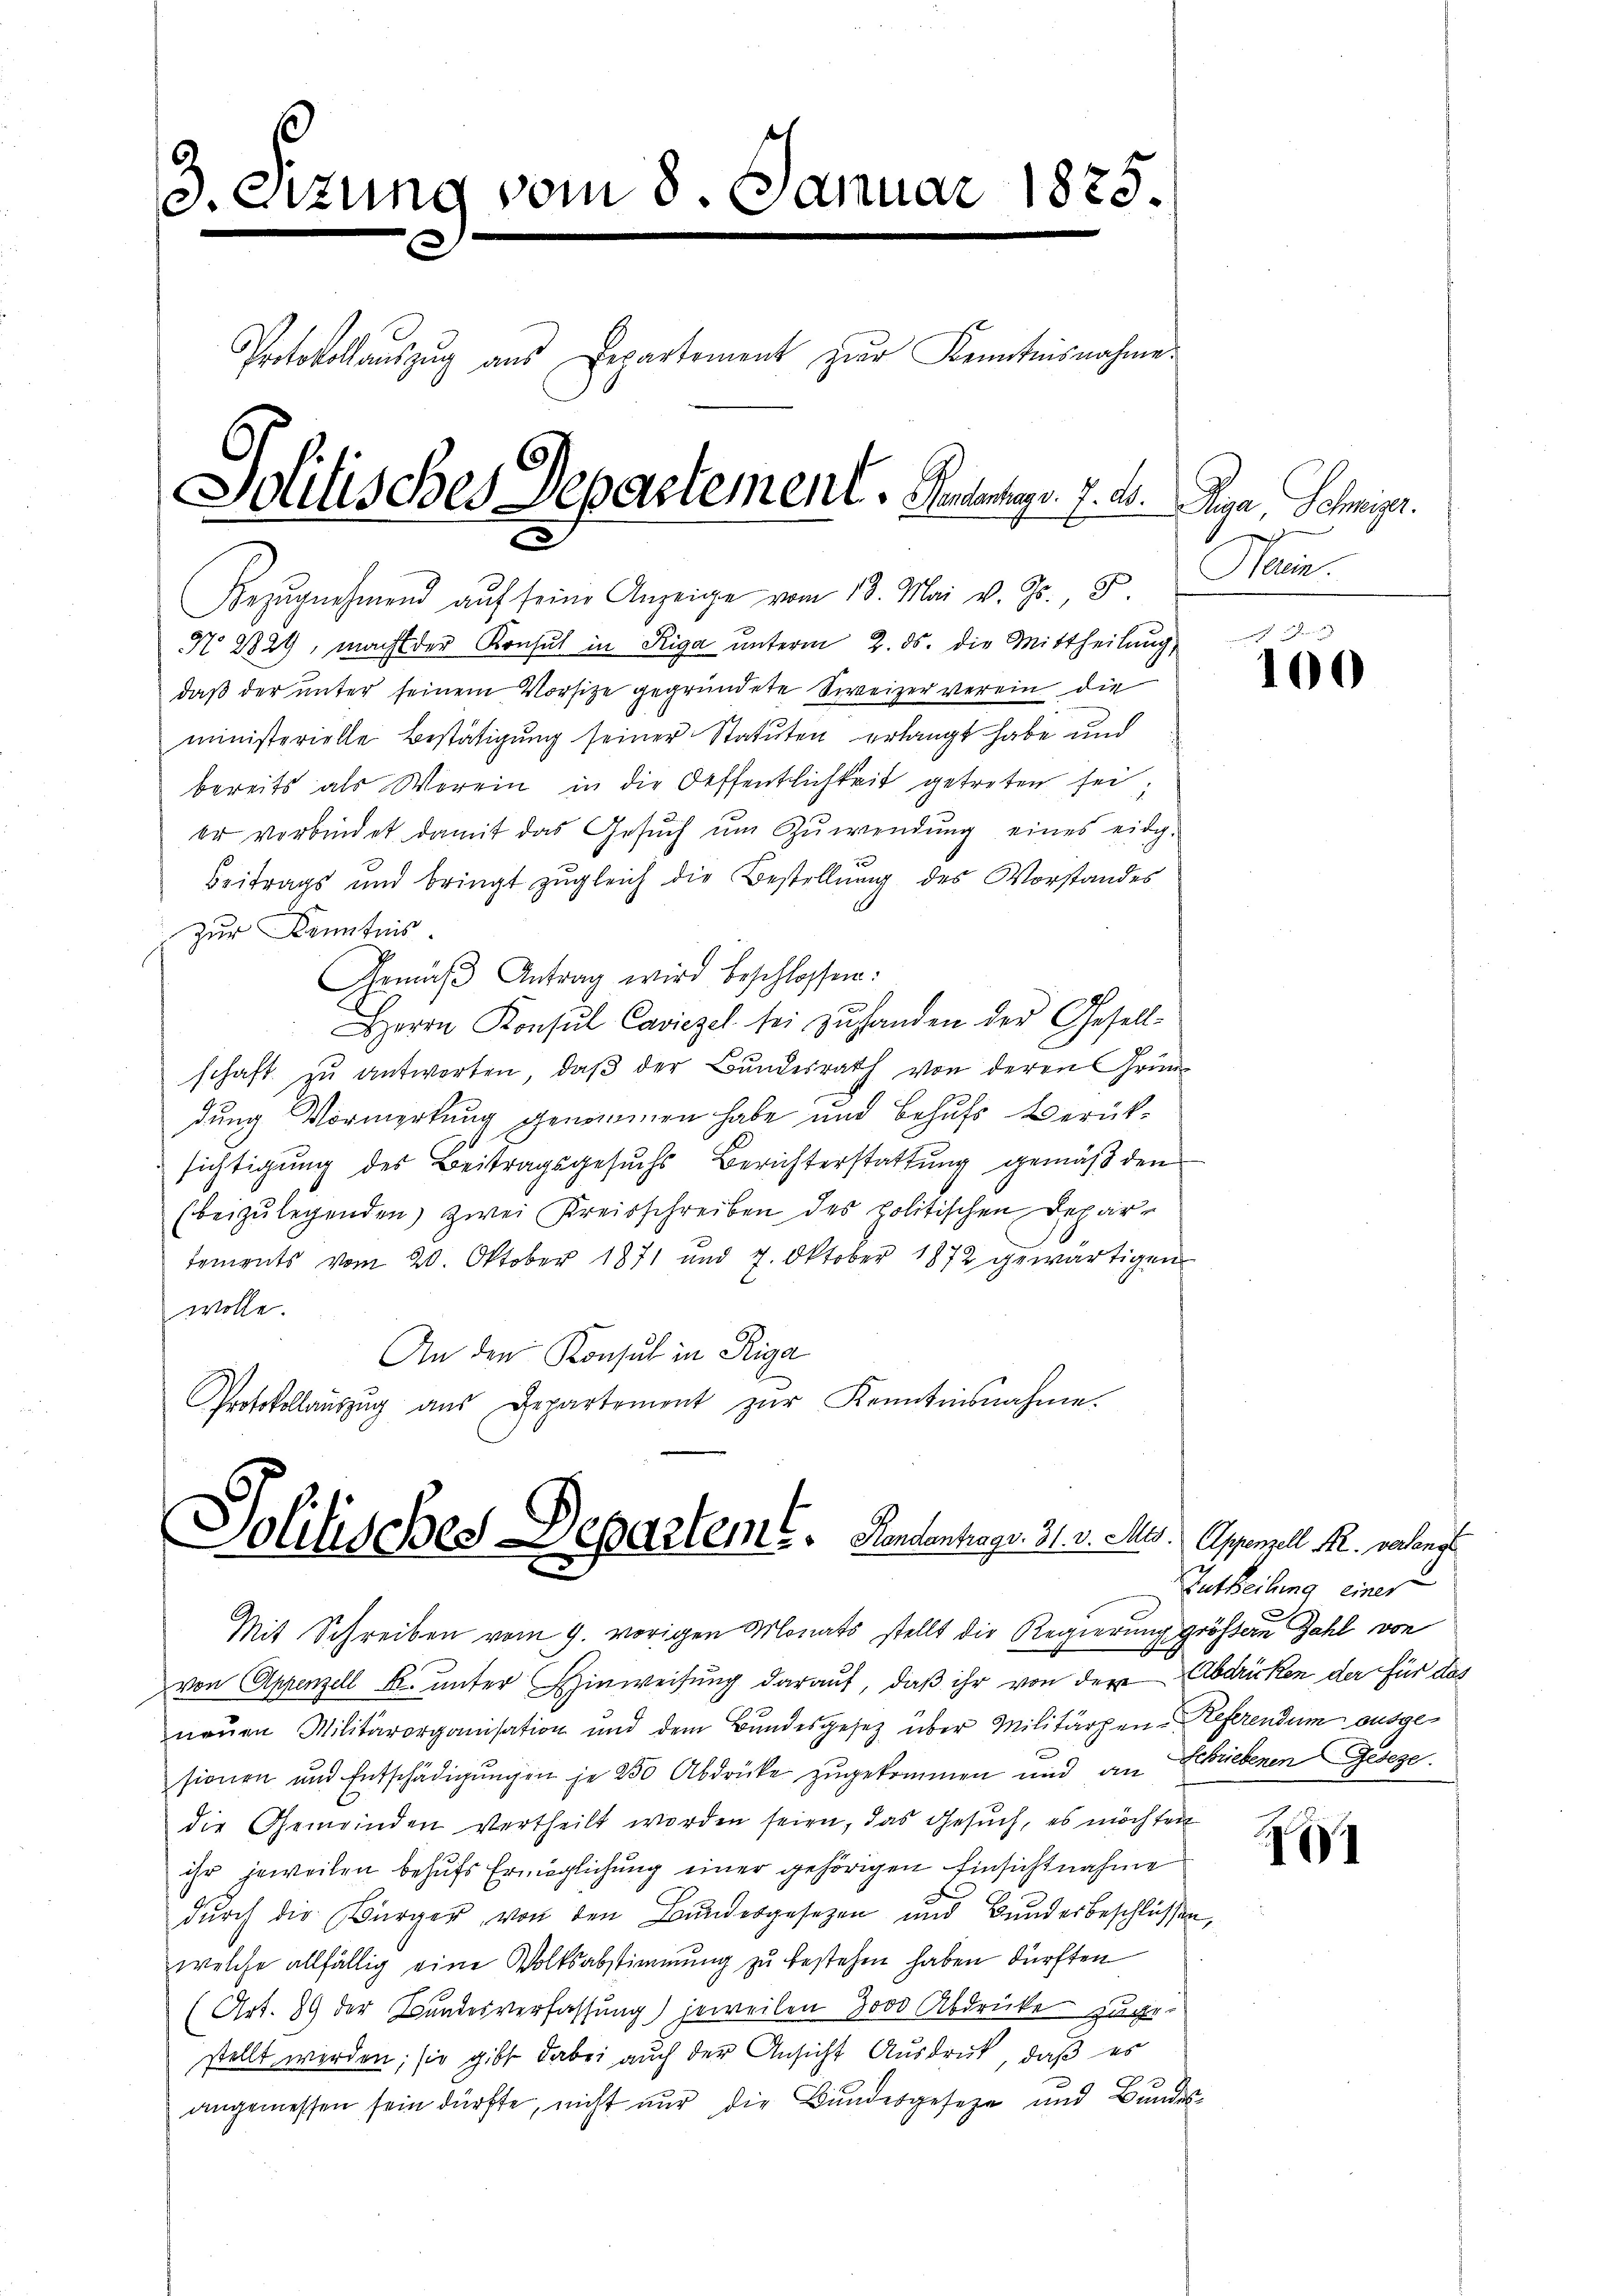
3. Sizung vom 8. Januar 1825.
Protokollauszug aus Departement zur Kenntnisnahme.
Solitisches Departement. Rentengr. 7. v. Papa, Schmigt.
E

Solitisches Departem E. Handenhags. 31. v. Mts. Appenzell M. verlangt
Mit Schreiben vom 9. vorigen Monats stellt die Regierung größere Zahl von

Bezŭgnehmend auf seine Anzeige vom 13. Mai v. Js. 8
No 2824, macht der Konsul in Riga unterm 2. ds. die Mittheilung,
daβ der unter seinem Vorsitze gegründete Scweizer verein die
ministerielle Bestätigung seiner Statuten erlangt habe und
bereits als Worein in die Oeffentlichkeit getreten sei;
er verbindet damit das Gesŭch ŭm Zŭwendŭng eines eidg.
Beitrags und bringt zŭgleich die Bestellŭng des Vorstandes
zur Kenntnis.
Gemäβ Antrag wird beschlossen:
Herrn Konsul Caviezel sei zŭ handen der Gesell-
schaft zŭ antworten, daβ der Bŭndesrath von deren Grün-
dung Vormerkung genommen habe und behufs Berück¬
76
sichtigung des Beitragsgesuchs Berichterstattung gemäß den
(beizulegenden zwei Kreisschreiben des politischen Departements vom 20. Oktober 1871 und 7. Oktober 1872 gewärtigen
wolle.
An den Konsul in Riga
Protokollaŭszŭg aŭs Departement zŭr Kenntnisnahme.

Nau.

von Appenzell A. unter Hinweisung darauf, daβ ihr von der Abdrücken der für das
neuen Militärorganisation und dem Bundesgesetz über Militärzen-Referendum ausgesionen und Entschädigungen je 250 Abdrücke zugekommen und an Schriebenen Geseze
die Gemeinden vertheilt worden seien, das Gesuch, es möchten
ihr jeweilen behufs Ermöglichung einer gehörigen Einsichtnahme
dŭrch die Bürger von den Bŭndesgesetzen und Bunderbeschlüssen,
welche allfällig eine Volksabstimmung zu bestehen haben dürften
(Art. 89 der Bundesverfassung) jeweilen 3000 Abdrücke zuge-
stellt werden; sie gibt dabei auch der Ansicht Ausdruck, daß es
angemessen sein dürfte, nicht nur die Bundesgeseze und Bundes-

100

Zutheilung einer

6